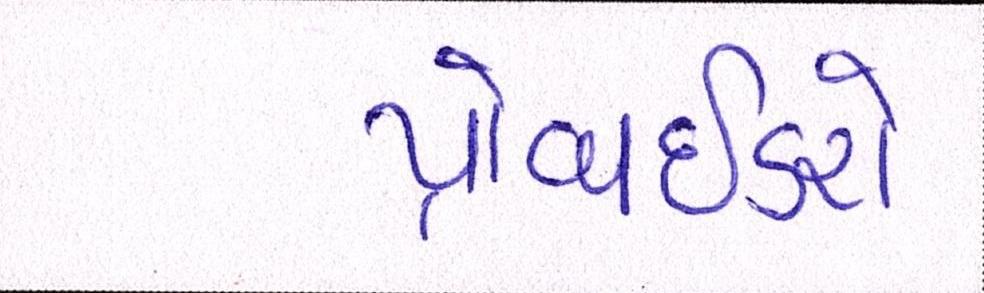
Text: પ્રોવાઈડરો